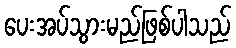
ပေးအပ်သွားမည်ဖြစ်ပါသည်